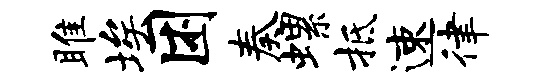
雎埃困奏螺抵速律